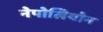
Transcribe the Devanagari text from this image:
नेपोलियोन